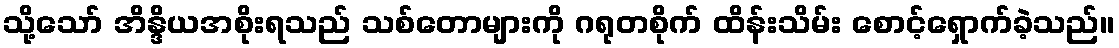
သို့သော် အိန္ဒိယအစိုးရသည် သစ်တောများကို ဂရုတစိုက် ထိန်းသိမ်း စောင့်ရှောက်ခဲ့သည်။